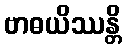
ဗာဓယိဿန္တိ